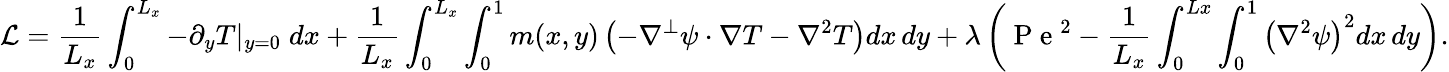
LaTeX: \mathcal{L}=\frac{1}{L_{x}}\int_{0}^{L_{x}}-\partial_{y}T|_{y=0}\; dx+\frac{1}{L_{x}}\int_{0}^{L_{x}}\int_{0}^{1}m(x,y)\left(-\nabla^{\perp}\psi\cdot\nabla T-\nabla^{2}T\right)dx\, dy+\lambda\left(\mathrm{~P~e~}^{2}-\frac{1}{L_{x}}\int_{0}^{Lx}\int_{0}^{1}\left(\nabla^{2}\psi\right)^{2}dx\, dy\right).